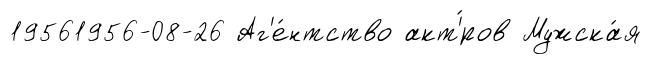
19561956-08-26 Аг'е́нтство акт'́ров Мужска́я